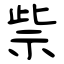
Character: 祡